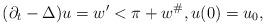
LaTeX: \begin{align*} (\partial_t-\Delta)u = w'<\pi + w^\#, u(0)=u_0,\end{align*}